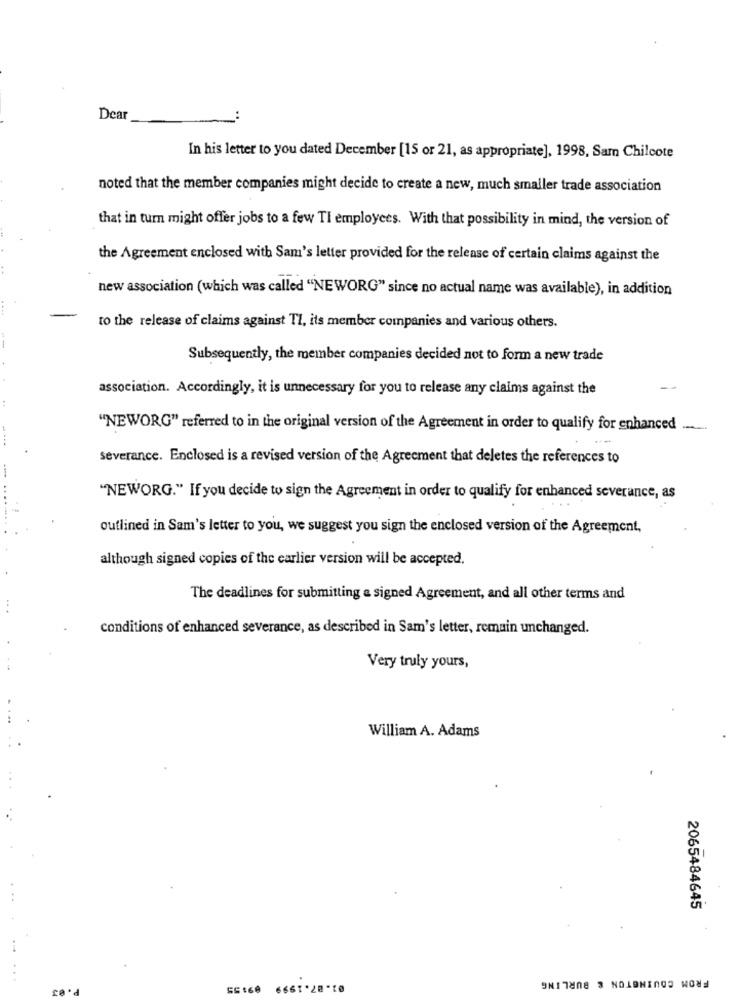
Dear
In his letter to you dated December [15 or 21, as appropriate], 1998, Sam Chilcote
noted that the member companies might decide to create a new, much smaller trade association
that in turn might offer jobs to a few TI employees. With that possibility in mind, the version of
the Agreement enclosed with Sam's letter provided for the release of certain claims against the
new association (which was called "NEWORG" since no actual name was available), in addition
to the release of claims against TI, its member companies and various others.
Subsequently, the member companies decided not to form a new trade
association. Accordingly, it is unnecessary for you to release any claims against the
"NEWORG" referred to in the original version of the Agreement in order to qualify for enhanced ......
severance. Enclosed is a revised version of the Agreement that deletes the references to
"NEWORG." If you decide to sign the Agreement in order to qualify for enhanced severance, as
outlined in Sam's letter to you, we suggest you sign the enclosed version of the Agreement,
although signed copies of the earlier version will be accepted.
The deadlines for submitting a signed Agreement, and all other terms and
conditions of enhanced severance, as described in Sam's letter, remain unchanged.
Very truly yours,
William A. Adams
2065484645
FROM COUINGTON & BURLING
SE160 6661.28-1